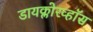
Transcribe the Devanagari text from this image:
डायक्लोरव्हॉस